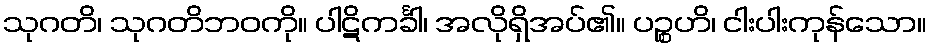
သုဂတိ၊ သုဂတိဘဝကို။ ပါဋိကင်္ခါ၊ အလိုရှိအပ်၏။ ပဉ္စဟိ၊ ငါးပါးကုန်သော။